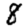
Digit: 8